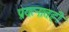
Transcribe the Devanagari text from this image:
प्रयत्नातही